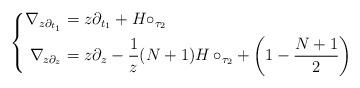
LaTeX: \begin{align*} \left\{ \begin{aligned} \nabla_{z \partial_{t_1}} &= z \partial_{t_1} + H \circ_{\tau_2} \\ \nabla_{z \partial_z} &= z \partial_z - \frac{1}{z} (N+1)H \circ_{\tau_2} + \left(1-\frac{N+1}{2} \right) \end{aligned} \right. \end{align*}